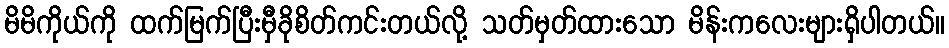
မိမိကိုယ်ကို ထက်မြက်ပြီးမှီခိုစိတ်ကင်းတယ်လို့ သတ်မှတ်ထားသော မိန်းကလေးများရှိပါတယ်။